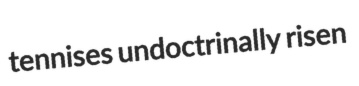
tennises undoctrinally risen